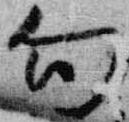
勾